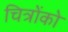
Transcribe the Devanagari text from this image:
चित्रोंको